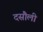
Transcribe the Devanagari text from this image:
दसौली